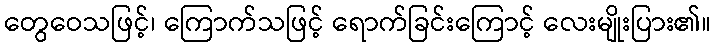
တွေဝေသဖြင့်၊ ကြောက်သဖြင့် ရောက်ခြင်းကြောင့် လေးမျိုးပြား၏။